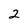
Character: 2